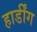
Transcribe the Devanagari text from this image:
हार्डींग